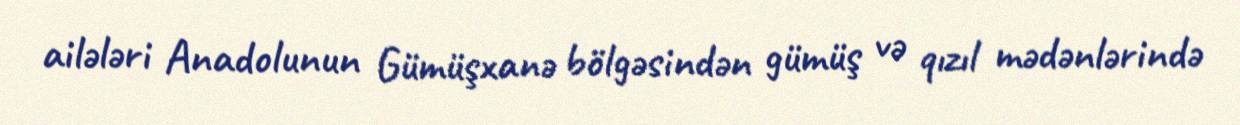
ailələri Anadolunun Gümüşxanə bölgəsindən gümüş və qızıl mədənlərində